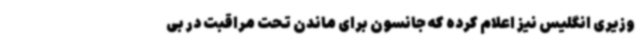
وزیری انگلیس نیز اعلام کرده که جانسون برای ماندن تحت مراقبت در بی